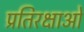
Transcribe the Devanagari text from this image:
प्रतिरक्षाओं